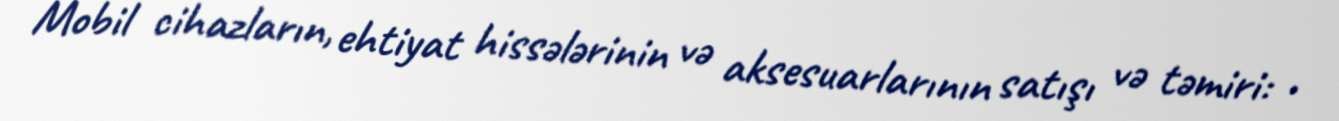
Mobil cihazların, ehtiyat hissələrinin və aksesuarlarının satışı və təmiri: •